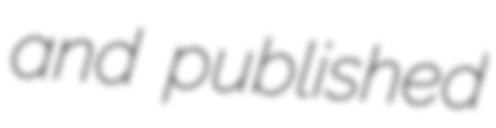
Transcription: and published